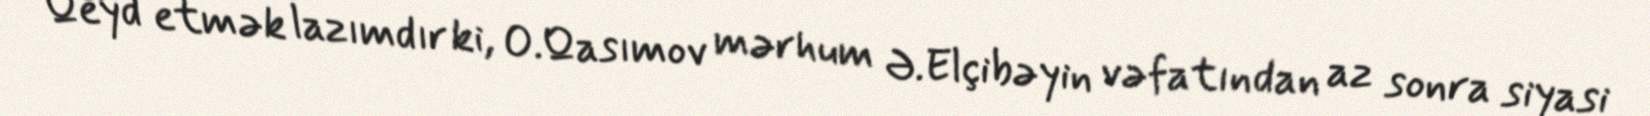
Qeyd etmək lazımdır ki, O.Qasımov mərhum Ə.Elçibəyin vəfatından az sonra siyasi